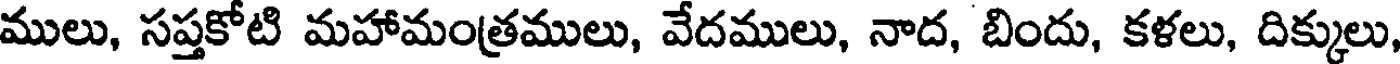
ములు, సప్తకోటి మహామంత్రములు, వేదములు, నాద, బిందు, కళలు, దిక్కులు,